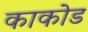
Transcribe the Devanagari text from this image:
काकोड